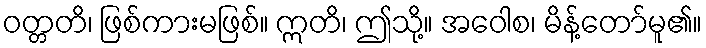
ဝတ္တတိ၊ ဖြစ်ကားမဖြစ်။ ဣတိ၊ ဤသို့။ အဝေါစ၊ မိန့်တော်မူ၏။